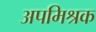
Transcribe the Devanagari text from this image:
अपमिश्रक